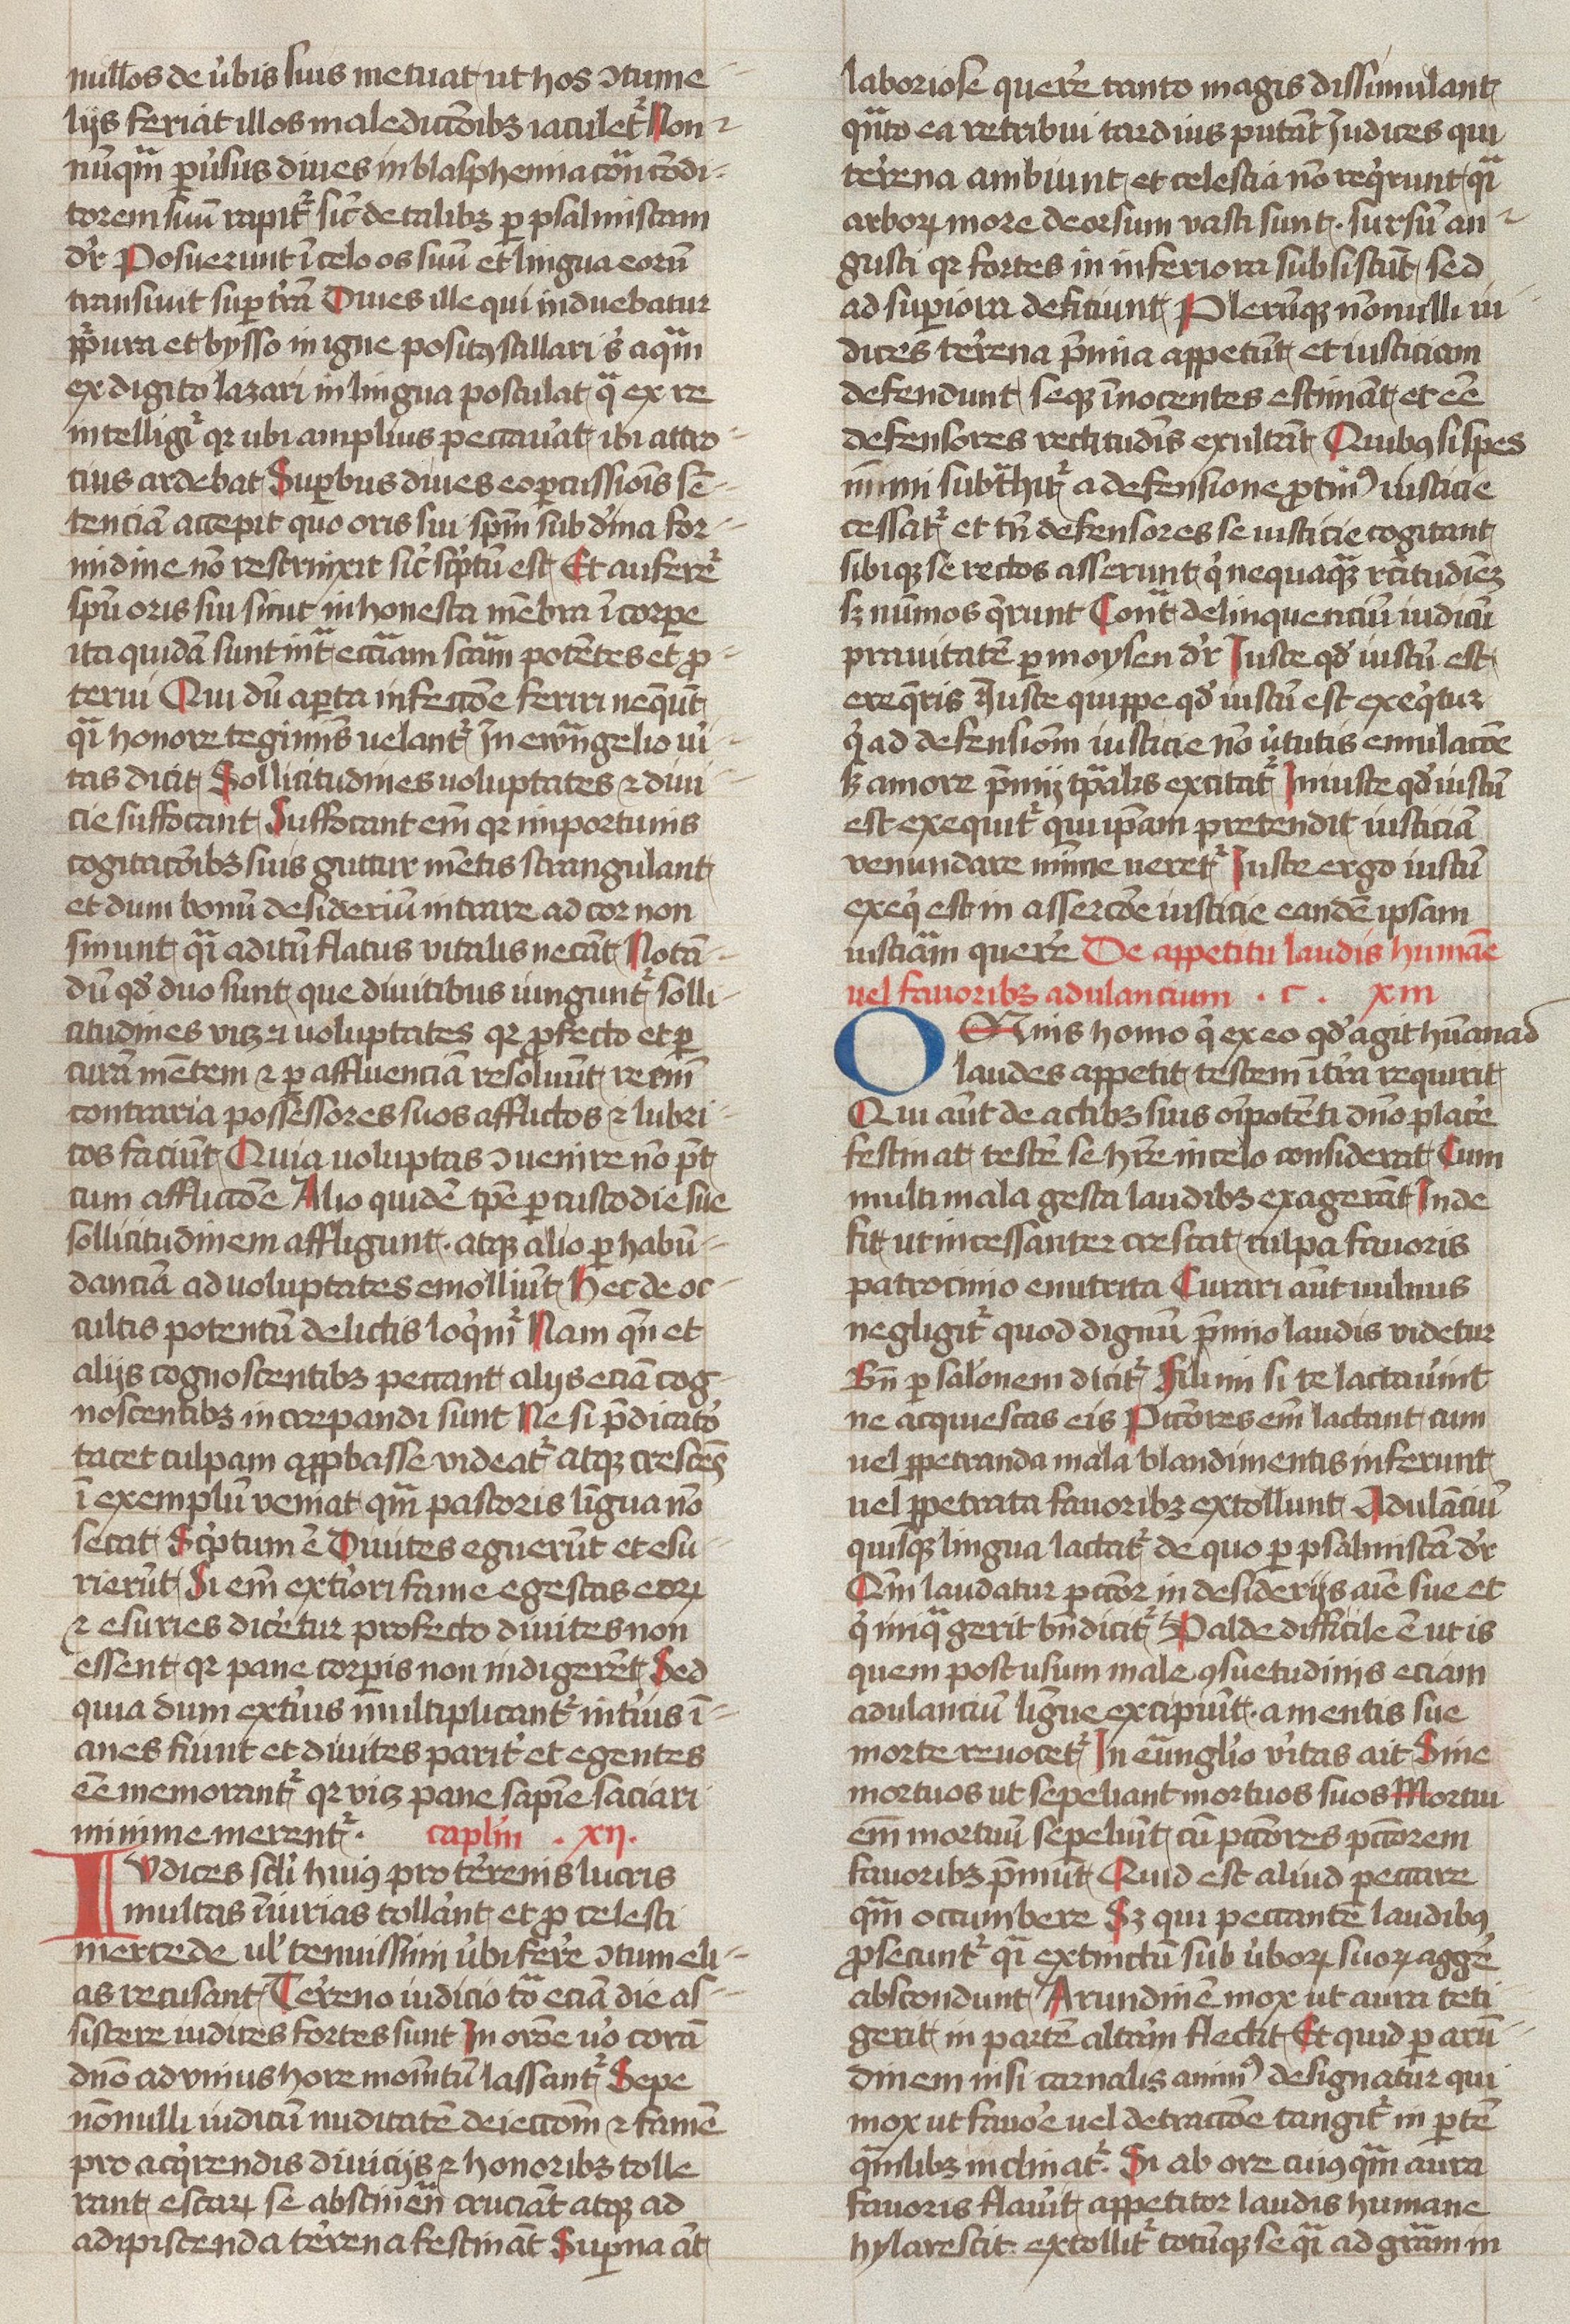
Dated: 1400–1499